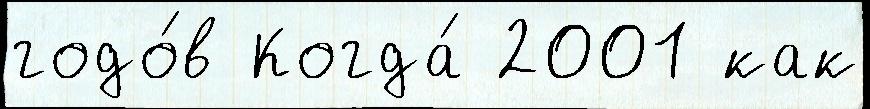
годо́в Когда́ 2001 как